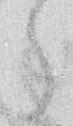
ら